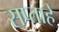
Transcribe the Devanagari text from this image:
सप्ताहे